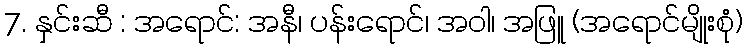
7. နှင်းဆီ : အရောင်: အနီ၊ ပန်းရောင်၊ အဝါ၊ အဖြူ (အရောင်မျိုးစုံ)